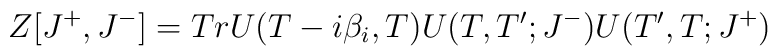
Z[J^+, J^-]= Tr U(T-i\beta_i,T)U(T,T';J^-)U(T',T;J^+)